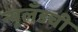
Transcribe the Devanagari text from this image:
न्यूलँडची